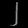
Digit: ၂